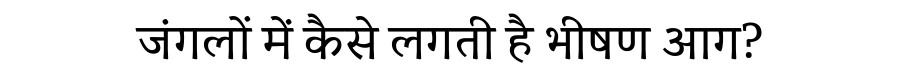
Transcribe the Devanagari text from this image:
जंगलों में कैसे लगती है भीषण आग?